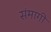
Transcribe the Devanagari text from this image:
संमागी